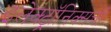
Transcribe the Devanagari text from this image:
इलेक्ट्रॉनिक्सची